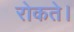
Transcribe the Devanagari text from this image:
रोकते।